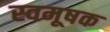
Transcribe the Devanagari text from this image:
स्वमूषक